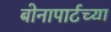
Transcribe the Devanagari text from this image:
बोनापार्टच्या